Jarvakandi_vallavalitsus, lk 47
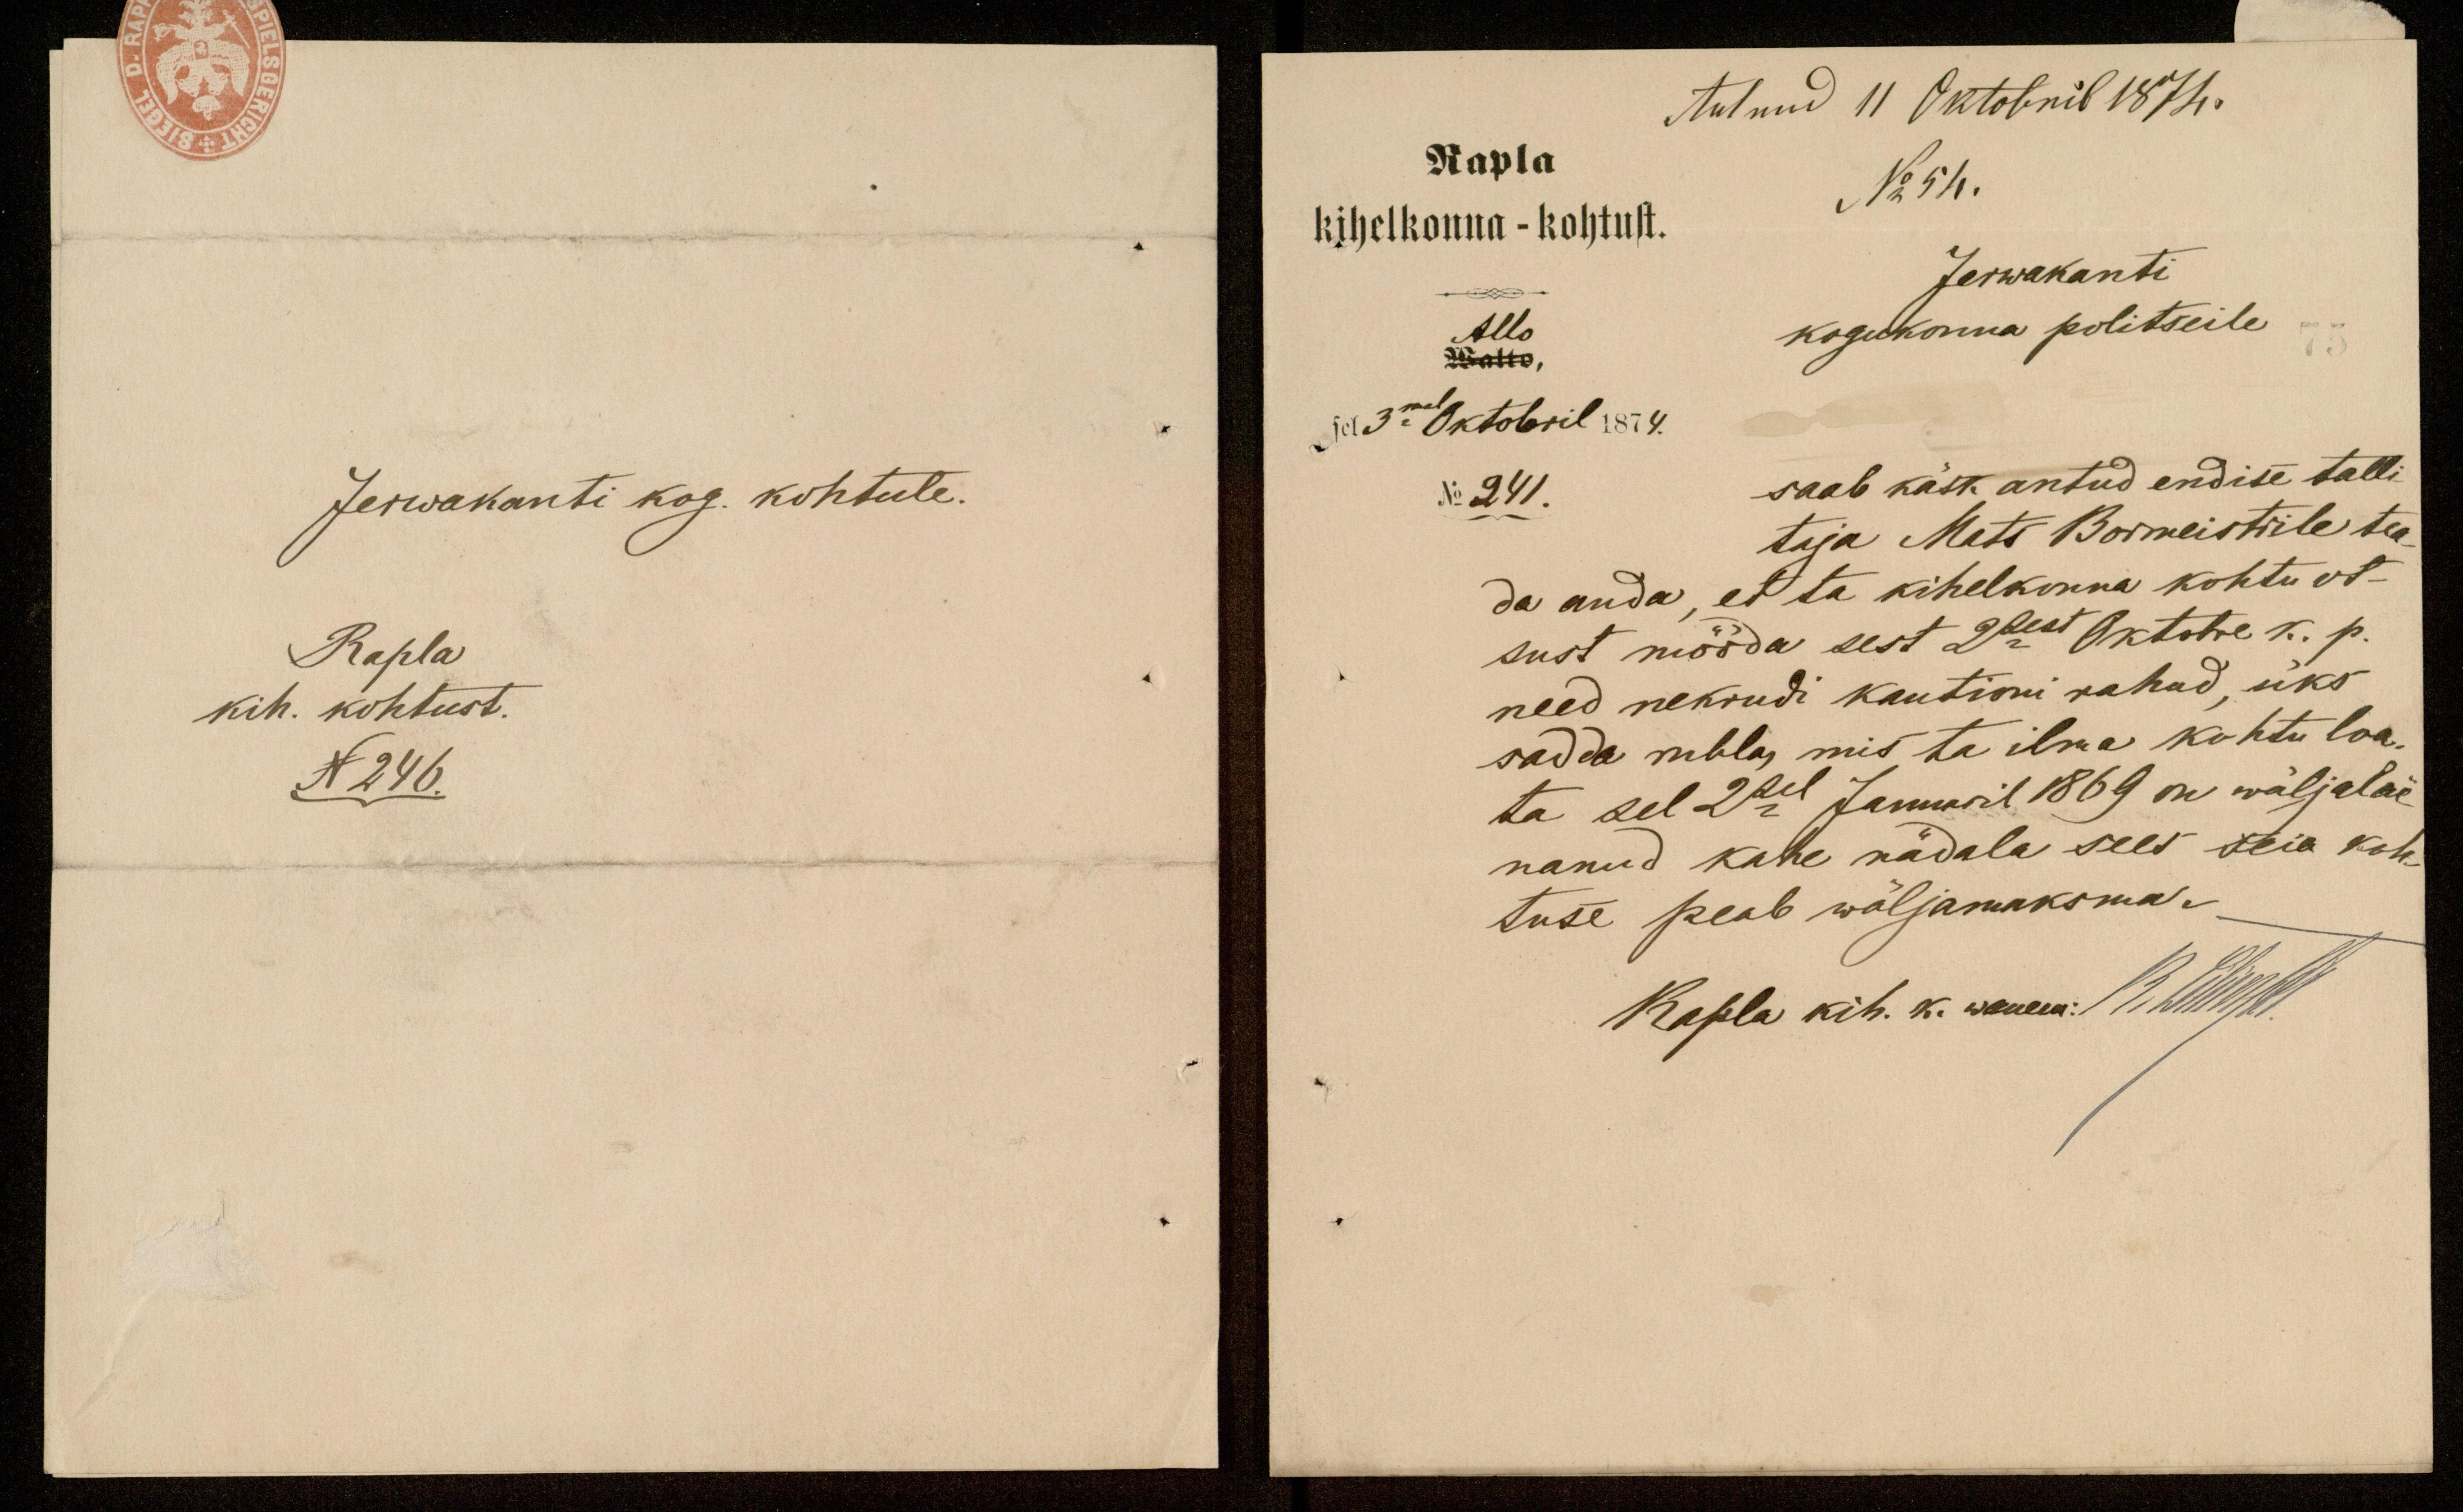
Jerwakanti kog. kohtule.
Rapla
kih. kohtust.
N 246.

tulnud 11 Oktobril 1874.
Rapla
No 54.
kihelkonna - kohtust.
Jerwakanti
Allo
witto,
kogukonna politseile
ja 3mal oktobril 1874.
No 241.
saab käsk antud endise talli
taja Mats Bormeistile tea-
da anda, et ta kihelkonna kohtu ot-
sust mööda sest 2sest Oktobre k. p.
need nekrudi kautioni rahad, üks
sadda rubla, mis ta ilma kohtu loa-
ta sel 2sel Januaril 1869 on wälja lae-
nanud kahe nädala sees seia koh-
tuse peab wäljamaksma.
Rapla kih. k. wanem. 19. Wilirell